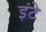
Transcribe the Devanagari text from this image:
इंटे